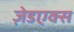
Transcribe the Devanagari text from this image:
ज़ेडएक्स